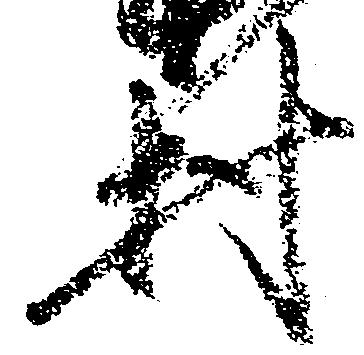
村